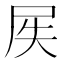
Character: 𱚵